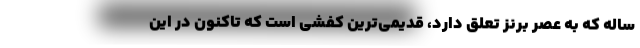
ساله که به عصر برنز تعلق دارد، قدیمی‌ترین کفشی است که تاکنون در این